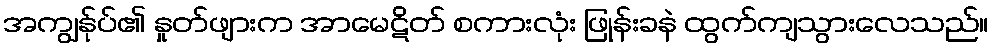
အကျွန်ုပ်၏ နှုတ်ဖျားက အာမေဋိတ် စကားလုံး ဖြုန်းခနဲ ထွက်ကျသွားလေသည်။